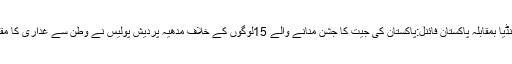
پاکستان مداح کی جانب سے ’باپ کون ہے‘ کا نعرہ لگانے پر محمد شامی ہوئے برہم	انڈیا بمقابلہ پاکستان فائنل:پاکستان کی جیت کا جشن منانے والے 15لوگوں کے خلاف مدھیہ پردیش پولیس نے وطن سے غداری کا مقدمہ درج کیا	دیکھیں: چندرا بابو نائیڈو نے افطار کے بعد مسلمانوں کیساتھ نماز ادا کی۔